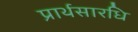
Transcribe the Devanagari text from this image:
प्रार्थसारधि